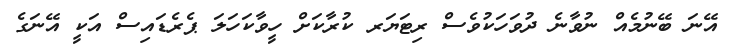
އޭނަ ބޭނުމެއް ނުވާނެ ދުވަހަކުވެސް ރިޓަޔަރ ކުރާކަށް ހީވާކަހަލަ ޕެރެޑައިސް އަކީ އޭނަގެ